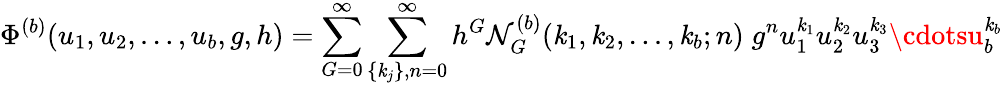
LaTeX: \Phi^{(b)}(u_{1},u_{2},\ldots,u_{b},g,h)=\sum_{G=0}^{\infty}\sum_{\{ \mathit{k}_{j}\} ,n=0}^{\infty}h^{G}{\cal\mathcal{N}}_{G}^{(b)}(\mathit{k}_{1},\mathit{k}_{2},\ldots,\mathit{k}_{b};n)\; g^{n}u_{1}^{\mathit{k}_{1}}u_{2}^{\mathit{k}_{2}}u_{3}^{\mathit{k}_{3}}\cdotsu_{b}^{\mathit{k}_{b}}